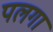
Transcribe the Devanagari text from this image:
पलगा